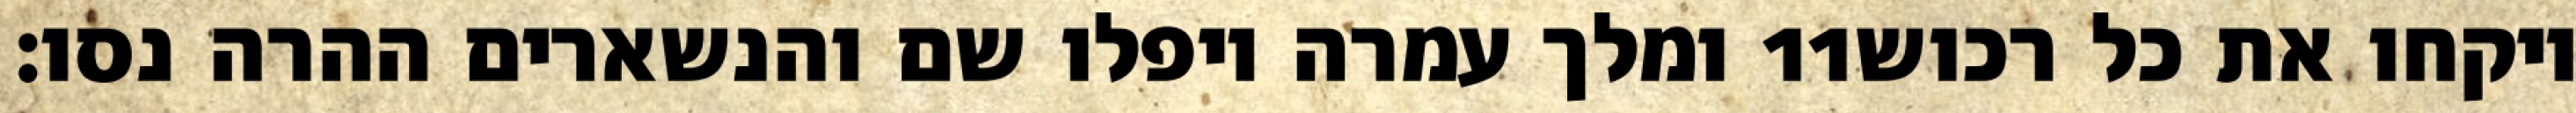
ומלך עמרה ויפלו שם והנשארים ההרה נסו׃ ‎11‏ ויקחו את כל רכוש